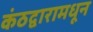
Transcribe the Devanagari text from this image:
कंठद्वारामधून